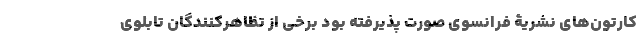
کارتون‌های نشریۀ فرانسوی صورت پذیرفته بود برخی از تظاهر‌کنندگان تابلوی